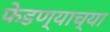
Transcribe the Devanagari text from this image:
फेडण्याच्या